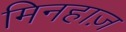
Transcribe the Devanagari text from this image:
मिनहाज़